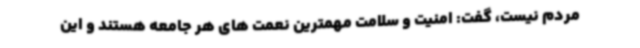
مردم نیست، گفت: امنیت و سلامت مهمترین نعمت های هر جامعه هستند و این